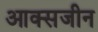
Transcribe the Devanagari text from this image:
आक्सजीन